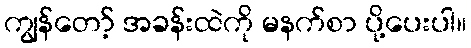
ကျွန်တော့် အခန်းထဲကို မနက်စာ ပို့ပေးပါ။